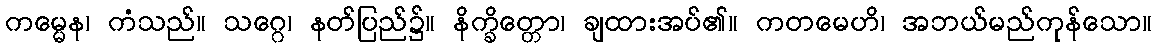
ကမ္မေန၊ ကံသည်။ သဂ္ဂေ၊ နတ်ပြည်၌။ နိက္ခိတ္တော၊ ချထားအပ်၏။ ကတမေဟိ၊ အဘယ်မည်ကုန်သော။